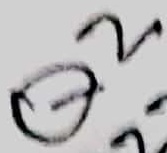
Text: Q2